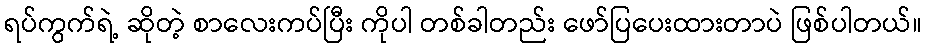
ရပ်ကွက်ရဲ့ ဆိုတဲ့ စာလေးကပ်ပြီး ကိုပါ တစ်ခါတည်း ဖော်ပြပေးထားတာပဲ ဖြစ်ပါတယ်။